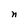
Character: n